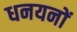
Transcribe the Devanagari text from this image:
धनयनों